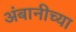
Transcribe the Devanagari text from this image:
अंबानीच्या